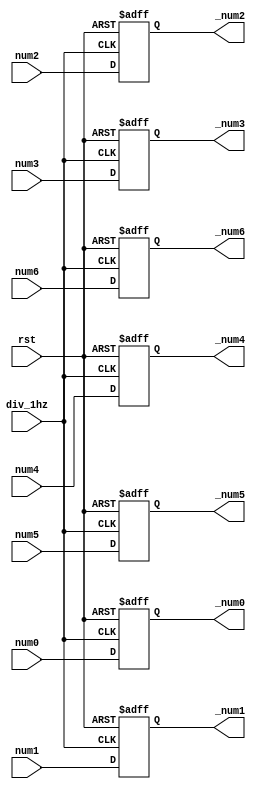
module latch(rst,div_1hz,num0,num1,num2,num3,num4,num5,num6,
_num0,_num1,_num2,_num3,_num4,_num5,_num6);
input rst,div_1hz;
input [3:0]   num0,num1,num2,num3,num4,num5,num6;
output  reg [3:0]   _num0,_num1,_num2,_num3,_num4,_num5,_num6;
always @(posedge div_1hz or negedge rst) begin 
	if(!rst) 
	begin
		_num0<=4'b0000; _num1<=4'b0000; _num2<=4'b0000; _num3<=4'b0000; 
		_num4<=4'b0000; _num5<=4'b0000; _num6<=4'b0000;
	end 
	else 
		begin
		_num0<=num0; _num1<=num1; _num2<=num2; _num3<=num3;
		_num4<=num4; _num5<=num5; _num6<=num6;
	end 
end
endmodule